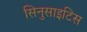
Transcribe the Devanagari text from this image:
सिनुसाइटिस